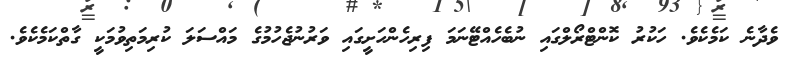
ވެދާނެ ކަމެކެވެ. ހަކުރު ކޮންޓްރޯލްގައި ނުބެހެއްޓޭނަމަ ފިރިހެންހަށީގައި ވަރުނުޖެހުމުގެ މައްސަލަ ކުރިމަތިވުމަކީ ގާތްކަމެކެވެ.